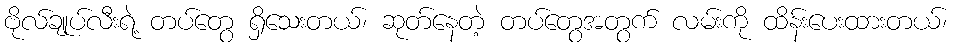
ဗိုလ်ချုပ်လီးရဲ့ တပ်တွေ ရှိသေးတယ်၊ ဆုတ်နေတဲ့ တပ်တွေအတွက် လမ်းကို ထိန်းပေးထားတယ်၊